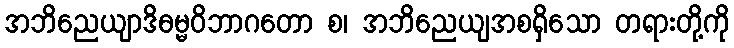
အဘိညေယျာဒိဓမ္မဝိဘာဂတော စ၊ အဘိညေယျအစရှိသော တရားတို့ကို